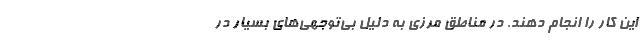
این کار را انجام دهند. در مناطق مرزی به دلیل بی‌توجهی‌های بسیار در